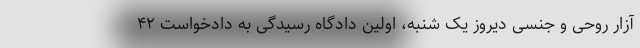
آزار روحی و جنسی دیروز یک شنبه، اولین دادگاه رسیدگی به دادخواست ۴۲